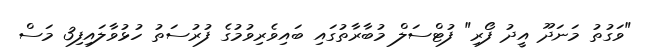
"ވަގުތު މަނަދޫ އީދު ފޯރި" ފުޓްސަލް މުބާރާތުގައި ބައިވެރިވުމުގެ ފުރުސަތު ހުޅުވާލައިފި3 މަސް